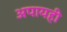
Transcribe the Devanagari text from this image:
अपायही